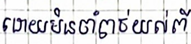
ដោយមិនចាំបាច់យល់ពី